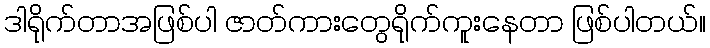
ဒါရိုက်တာအဖြစ်ပါ ဇာတ်ကားတွေရိုက်ကူးနေတာ ဖြစ်ပါတယ်။